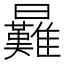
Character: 㬮